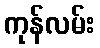
ကုန်လမ်း